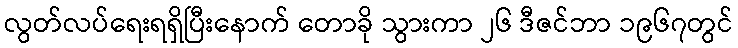
လွတ်လပ်ရေးရရှိပြီးနောက် တောခို သွားကာ ၂၆ ဒီဇင်ဘာ ၁၉၆၇တွင်